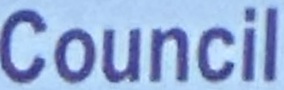
Council